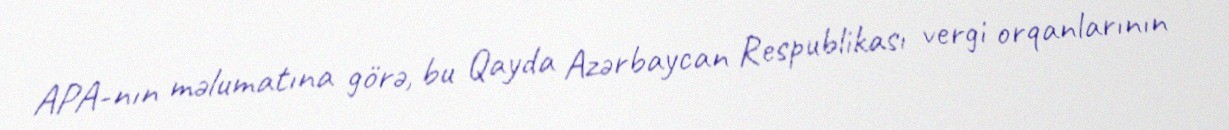
APA-nın məlumatına görə, bu Qayda Azərbaycan Respublikası vergi orqanlarının